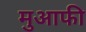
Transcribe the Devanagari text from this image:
मुआफी